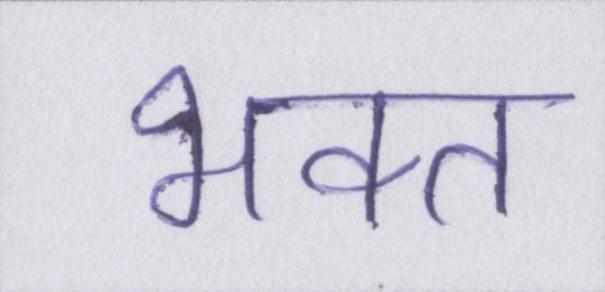
भक्त